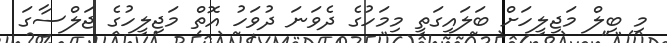
މި ބިލް މަޖިލީހަށް ބަލައިގަތީ މިމަހުގެ ދެވަނަ ދުވަހު އޮތް މަޖިލީހުގެ ޖަލްސާގަ